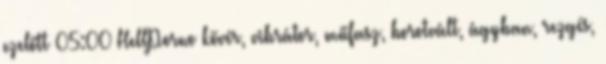
ezelőtt 05:00 HellPorno kövér, vibrátor, műfasz, borotvált, ágyban, rezgés,